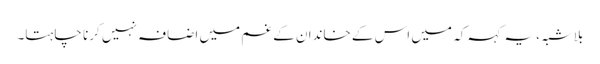
بلاشبہ، یہ کہہ کہ میں اس کے خاندان کے غم میں اضافہ نہیں کرنا چاہتا۔